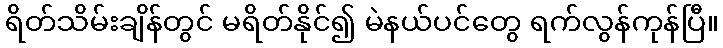
ရိတ်သိမ်းချိန်တွင် မရိတ်နိုင်၍ မဲနယ်ပင်တွေ ရက်လွန်ကုန်ပြီ။